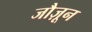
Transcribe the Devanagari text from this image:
जौज़ून